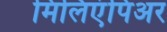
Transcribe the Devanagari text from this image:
मिलिएंपिअर